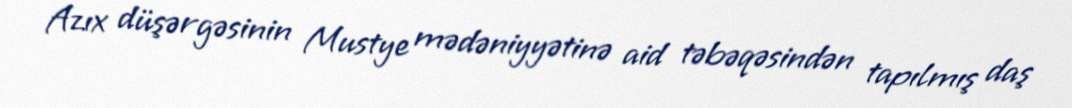
Azıx düşərgəsinin Mustye mədəniyyətinə aid təbəqəsindən tapılmış daş